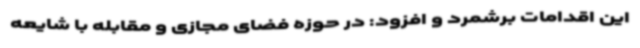
این اقدامات برشمرد و افزود: در حوزه فضای مجازی و مقابله با شایعه